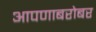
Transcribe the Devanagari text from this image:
आपणाबरोबर